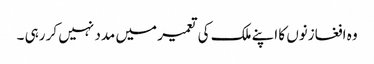
وہ افغازنوں کا اپنے ملک کی تعمیر میں مدد نہیں کر رہی ۔